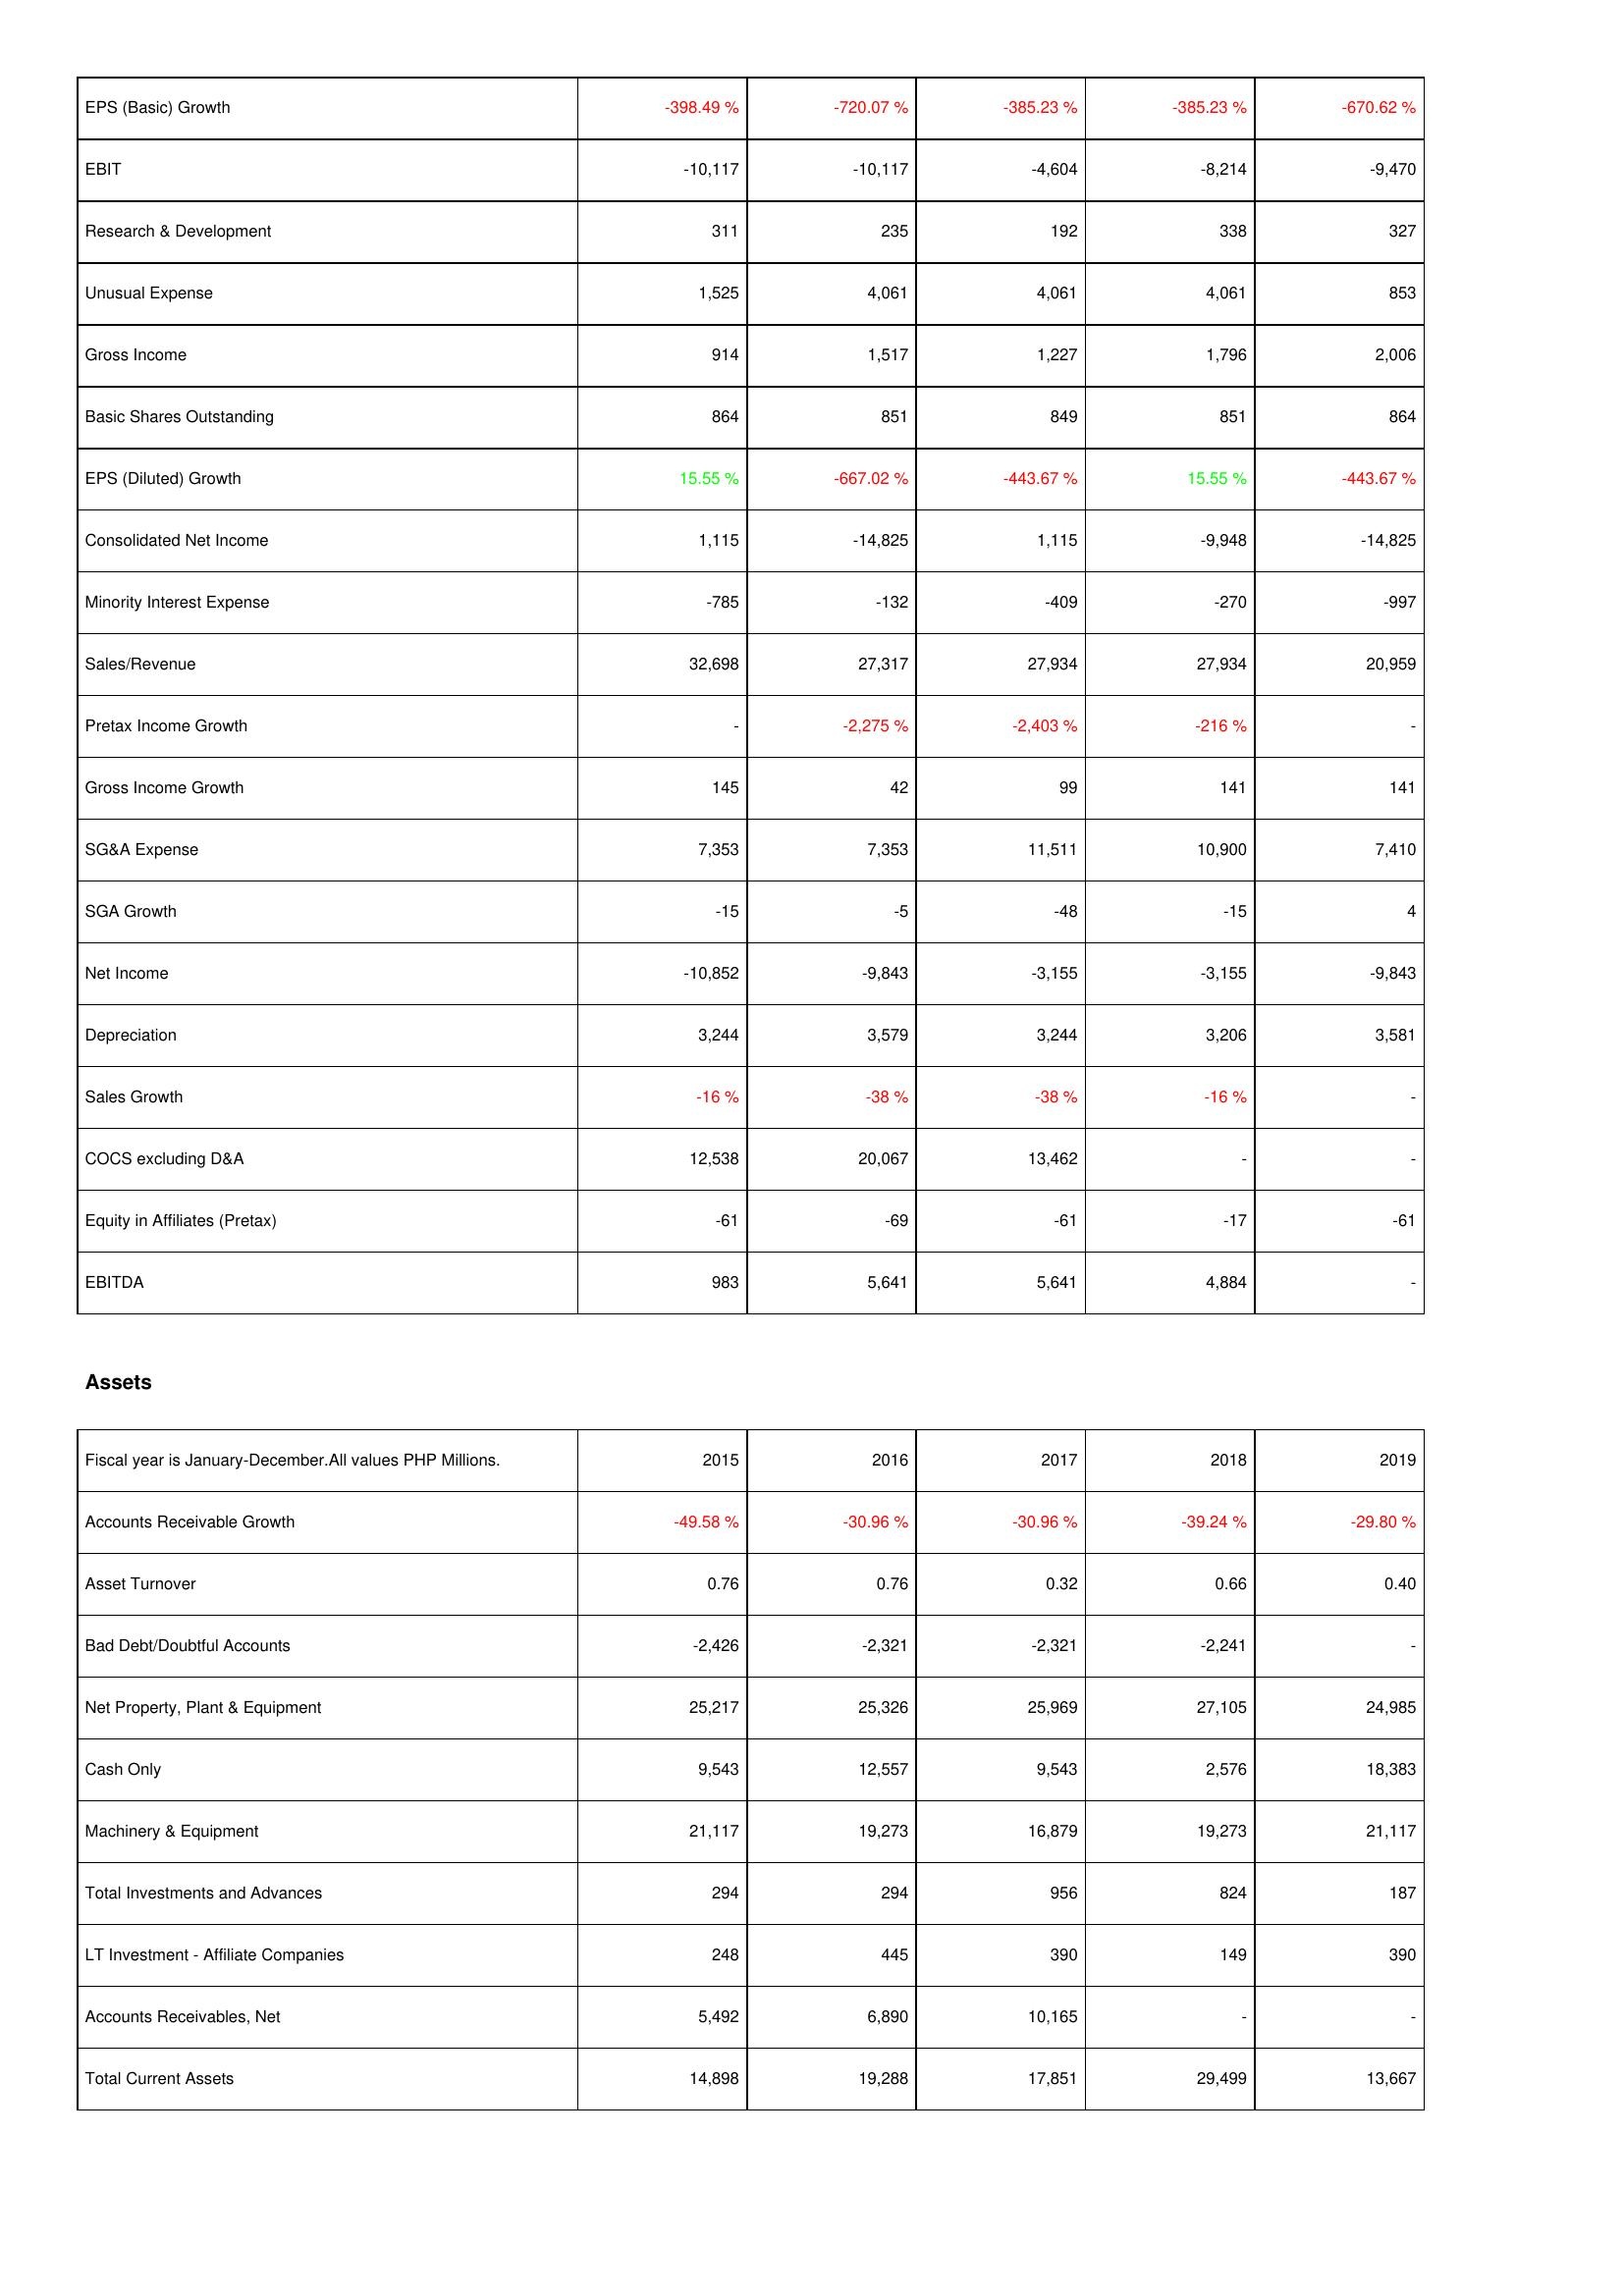
2015: Income Statement: EPS (Basic) Growth: -398.49 %
EBIT: -10,117
Research & Development: 311
Unusual Expense: 1,525
Gross Income: 914
Basic Shares Outstanding: 864
EPS (Diluted) Growth: 15.55 %
Consolidated Net Income: 1,115
Minority Interest Expense: -785
Sales/Revenue: 32,698
Pretax Income Growth: -
Gross Income Growth: 145
SG&A Expense: 7,353
SGA Growth: -15
Net Income: -10,852
Depreciation: 3,244
Sales Growth: -16 %
COCS excluding D&A: 12,538
Equity in Affiliates (Pretax): -61
EBITDA: 983
Assets: Accounts Receivable Growth: -49.58 %
Asset Turnover: 0.76
Bad Debt/Doubtful Accounts: -2,426
Net Property, Plant & Equipment: 25,217
Cash Only: 9,543
Machinery & Equipment: 21,117
Total Investments and Advances: 294
LT Investment - Affiliate Companies: 248
Accounts Receivables, Net: 5,492
Total Current Assets: 14,898
2016: Income Statement: EPS (Basic) Growth: -720.07 %
EBIT: -10,117
Research & Development: 235
Unusual Expense: 4,061
Gross Income: 1,517
Basic Shares Outstanding: 851
EPS (Diluted) Growth: -667.02 %
Consolidated Net Income: -14,825
Minority Interest Expense: -132
Sales/Revenue: 27,317
Pretax Income Growth: -2,275 %
Gross Income Growth: 42
SG&A Expense: 7,353
SGA Growth: -5
Net Income: -9,843
Depreciation: 3,579
Sales Growth: -38 %
COCS excluding D&A: 20,067
Equity in Affiliates (Pretax): -69
EBITDA: 5,641
Assets: Accounts Receivable Growth: -30.96 %
Asset Turnover: 0.76
Bad Debt/Doubtful Accounts: -2,321
Net Property, Plant & Equipment: 25,326
Cash Only: 12,557
Machinery & Equipment: 19,273
Total Investments and Advances: 294
LT Investment - Affiliate Companies: 445
Accounts Receivables, Net: 6,890
Total Current Assets: 19,288
2017: Income Statement: EPS (Basic) Growth: -385.23 %
EBIT: -4,604
Research & Development: 192
Unusual Expense: 4,061
Gross Income: 1,227
Basic Shares Outstanding: 849
EPS (Diluted) Growth: -443.67 %
Consolidated Net Income: 1,115
Minority Interest Expense: -409
Sales/Revenue: 27,934
Pretax Income Growth: -2,403 %
Gross Income Growth: 99
SG&A Expense: 11,511
SGA Growth: -48
Net Income: -3,155
Depreciation: 3,244
Sales Growth: -38 %
COCS excluding D&A: 13,462
Equity in Affiliates (Pretax): -61
EBITDA: 5,641
Assets: Accounts Receivable Growth: -30.96 %
Asset Turnover: 0.32
Bad Debt/Doubtful Accounts: -2,321
Net Property, Plant & Equipment: 25,969
Cash Only: 9,543
Machinery & Equipment: 16,879
Total Investments and Advances: 956
LT Investment - Affiliate Companies: 390
Accounts Receivables, Net: 10,165
Total Current Assets: 17,851
2018: Income Statement: EPS (Basic) Growth: -385.23 %
EBIT: -8,214
Research & Development: 338
Unusual Expense: 4,061
Gross Income: 1,796
Basic Shares Outstanding: 851
EPS (Diluted) Growth: 15.55 %
Consolidated Net Income: -9,948
Minority Interest Expense: -270
Sales/Revenue: 27,934
Pretax Income Growth: -216 %
Gross Income Growth: 141
SG&A Expense: 10,900
SGA Growth: -15
Net Income: -3,155
Depreciation: 3,206
Sales Growth: -16 %
COCS excluding D&A: -
Equity in Affiliates (Pretax): -17
EBITDA: 4,884
Assets: Accounts Receivable Growth: -39.24 %
Asset Turnover: 0.66
Bad Debt/Doubtful Accounts: -2,241
Net Property, Plant & Equipment: 27,105
Cash Only: 2,576
Machinery & Equipment: 19,273
Total Investments and Advances: 824
LT Investment - Affiliate Companies: 149
Accounts Receivables, Net: -
Total Current Assets: 29,499
2019: Income Statement: EPS (Basic) Growth: -670.62 %
EBIT: -9,470
Research & Development: 327
Unusual Expense: 853
Gross Income: 2,006
Basic Shares Outstanding: 864
EPS (Diluted) Growth: -443.67 %
Consolidated Net Income: -14,825
Minority Interest Expense: -997
Sales/Revenue: 20,959
Pretax Income Growth: -
Gross Income Growth: 141
SG&A Expense: 7,410
SGA Growth: 4
Net Income: -9,843
Depreciation: 3,581
Sales Growth: -
COCS excluding D&A: -
Equity in Affiliates (Pretax): -61
EBITDA: -
Assets: Accounts Receivable Growth: -29.80 %
Asset Turnover: 0.40
Bad Debt/Doubtful Accounts: -
Net Property, Plant & Equipment: 24,985
Cash Only: 18,383
Machinery & Equipment: 21,117
Total Investments and Advances: 187
LT Investment - Affiliate Companies: 390
Accounts Receivables, Net: -
Total Current Assets: 13,667